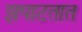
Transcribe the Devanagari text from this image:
झपाटतात